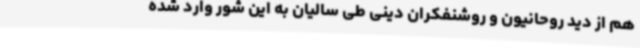
هم از دید روحانیون و روشنفکران دینی طی سالیان به این شور وارد شده